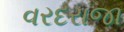
વરદરાજા